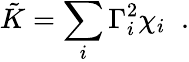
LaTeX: \tilde{K}=\sum_{i}\Gamma_{i}^{2}\chi_{i}\; \; .